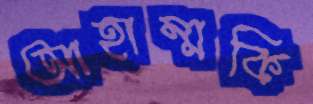
আহাম্মকি